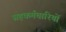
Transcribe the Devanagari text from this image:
सहकर्मचारियों